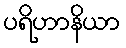
ပရိဟာနိယာ